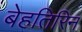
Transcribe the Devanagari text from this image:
बेहतिरिन